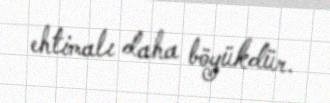
ehtimalı daha böyükdür.